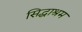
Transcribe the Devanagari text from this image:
सिद्धाश्रम